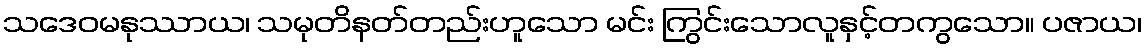
သဒေဝမနုဿာယ၊ သမုတိနတ်တည်းဟူသော မင်း ကြွင်းသောလူနှင့်တကွသော။ ပဇာယ၊